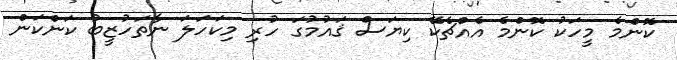
ކޮންމެ މީހަކު ކޮންމެ އެއްޗެކޭ ކިޔަސް ޤައުމުގަ ހުރި މިކަހަލަ ނާތަހުޒީބު ކަންކަން